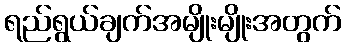
ရည်ရွယ်ချက်အမျိုးမျိုးအတွက်